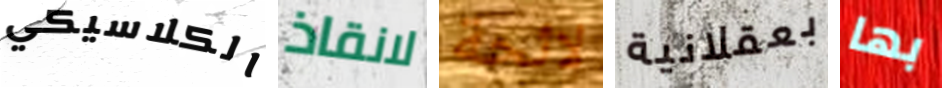
الكلاسيكي لانقاذ لائحة بعقلانية بها